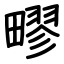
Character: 疁